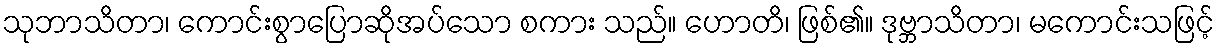
သုဘာသိတာ၊ ကောင်းစွာပြောဆိုအပ်သော စကား သည်။ ဟောတိ၊ ဖြစ်၏။ ဒုဗ္ဘာသိတာ၊ မကောင်းသဖြင့်